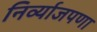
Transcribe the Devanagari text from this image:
निर्व्याजपणा